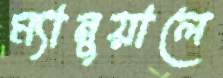
ম্যানুয়ালে